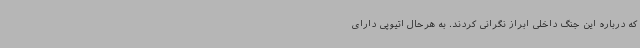
که درباره این جنگ داخلی ابراز نگرانی کردند. به هرحال اتیوپی دارای